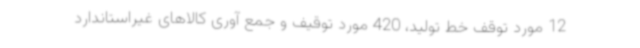
12 مورد توقف خط تولید، 420 مورد توقیف و جمع آوری کالاهای غیراستاندارد